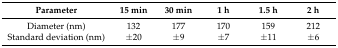
| Parameter | 15 min | 30 min | 1 h | 1.5 h | 2 h |
 | --- | --- | --- | --- | --- | --- |
 | Diameter (nm) | 132 | 177 | 170 | 159 | 212 |
 | Standard deviation (nm) | ±20 | ±9 | ±7 | ±11 | ±6 |